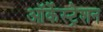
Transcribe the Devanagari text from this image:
ऑर्केस्ट्रेशन